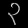
Digit: ၃